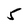
Character: 5